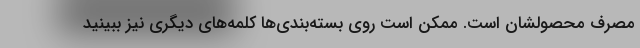
مصرف محصولشان است. ممکن است روی بسته‌بندی‌ها کلمه‌های دیگری نیز ببینید